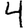
Digit: 4